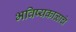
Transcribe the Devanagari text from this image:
भविष्यकाळाचे